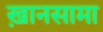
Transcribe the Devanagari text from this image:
ख़ानसामा